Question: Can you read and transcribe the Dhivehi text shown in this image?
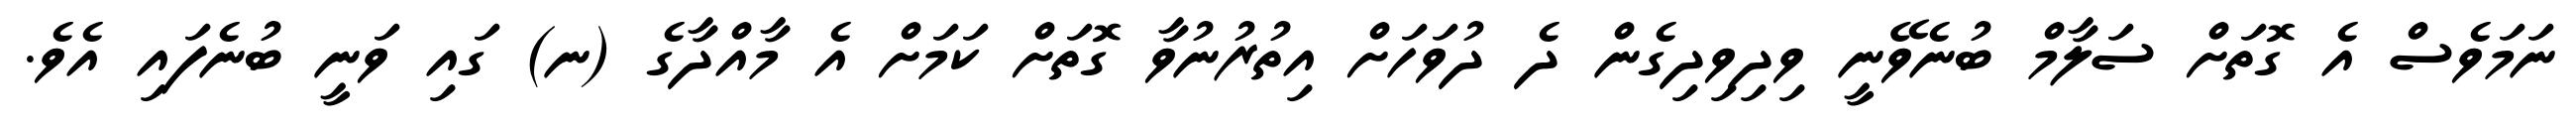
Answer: ނަމަވެސް އެ ގޮތަށް ސަލާމް ބުނެވޭނީ ވިދިވިދިގެން ދެ ދުވަހަށް އިތުރުނުވާ ގޮތަށް ކަމަށް އެ މާއްދާގެ (ނ) ގައި ވަނީ ބުނެފައި އެވެ.